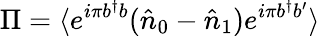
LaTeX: \Pi=\langle e^{i\pi b^{\dagger}b}(\hat{n}_{0}-\hat{n}_{1})e^{i\pi b^{\dagger}b^{\prime}}\rangle